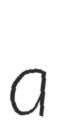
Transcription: a